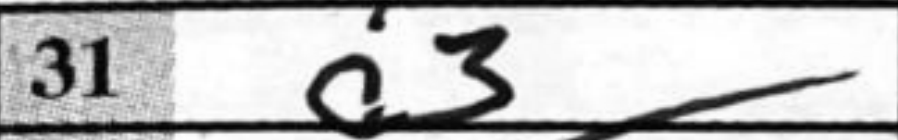
Transcription: a3